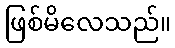
ဖြစ်မိလေသည်။